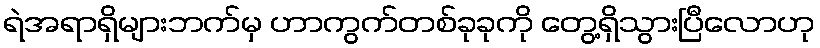
ရဲအရာရှိများဘက်မှ ဟာကွက်တစ်ခုခုကို တွေ့ရှိသွားပြီလောဟု